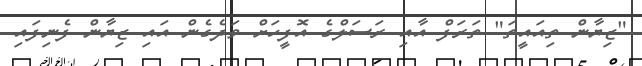
"ޒިޔާން ތިއައީތަ" ތަރަފް އާއި ރަސަލްގެ އޮފީހަށް ވަދެގެން އައި ޒިޔާން ފެނިފައި